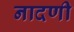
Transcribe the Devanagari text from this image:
नादणी